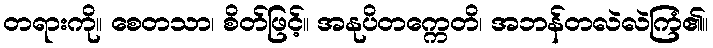
တရားကို။ စေတသာ၊ စိတ်ဖြင့်။ အနုပိတက္ကေတိ၊ အဘန်တလဲလဲကြံ၏။